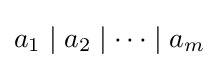
a_{1}\mid a_{2}\mid \cdots \mid a_{m}